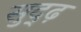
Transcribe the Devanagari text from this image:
सुद्ढ़